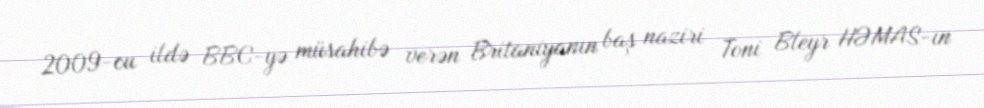
2009-cu ildə BBC-yə müsahibə verən Britaniyanın baş naziri Toni Bleyr HƏMAS-ın